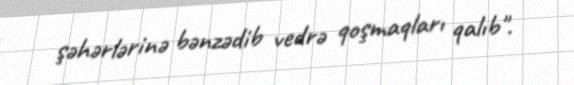
şəhərlərinə bənzədib vedrə qoşmaqları qalıb".